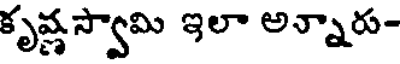
కృష్ణస్వామి ఇలా అన్నారు-